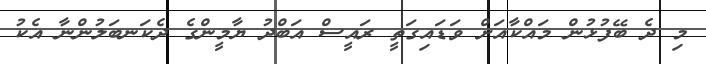
މި ދެ ބޭފުޅުން މައްކާއަށް ވަޑައިގަތީ ރައީސް އަބްދު ޔާމީންގެ ދެކަނބަލުންނާ އެކު